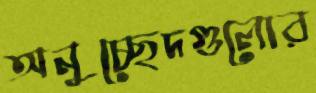
অনুচ্ছেদগুলোর